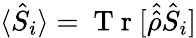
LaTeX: \langle\hat{S}_{i}\rangle=\mathrm{~T~r~}[\hat{\hat{\rho}}\hat{S}_{i}]